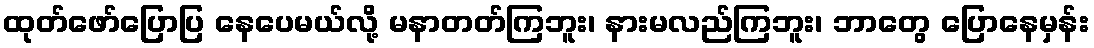
ထုတ်ဖော်ပြောပြ နေပေမယ်လို့ မနာတတ်ကြဘူး၊ နားမလည်ကြဘူး၊ ဘာတွေ ပြောနေမှန်း